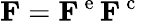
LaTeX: {\mathbf F}={\mathbf F}^{\mathrm{~e~}}{\mathbf F}^{\mathrm{~c~}}